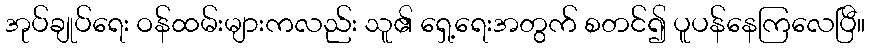
အုပ်ချုပ်ရေး ဝန်ထမ်းများကလည်း သူ၏ ရှေ့ရေးအတွက် စတင်၍ ပူပန်နေကြလေပြီ။